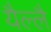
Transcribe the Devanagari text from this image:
यैल्लै